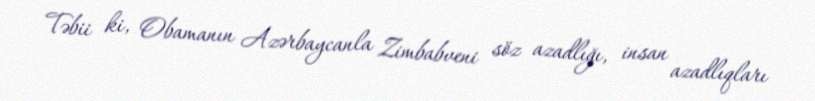
Təbii ki, Obamanın Azərbaycanla Zimbabveni söz azadlığı, insan azadlıqları